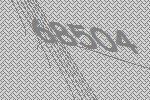
68504